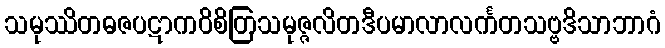
သမုဿိတဓဇပဋာကဝိစိတြသမုဇ္ဇလိတဒီပမာလာလင်္ကတသဗ္ဗဒိသာဘာဂံ